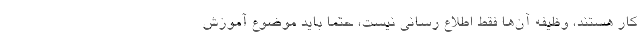
کار هستند، وظیفه آن‌ها فقط اطلاع رسانی نیست، حتما باید موضوع آموزش